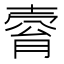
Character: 𡔴